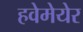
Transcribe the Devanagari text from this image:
हवेमेयेर